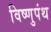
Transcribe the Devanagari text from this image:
विष्णुपंथ